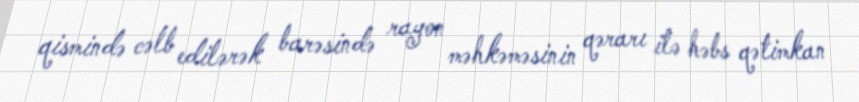
qismində cəlb edilərək barəsində rayon məhkəməsinin qərarı ilə həbs qətimkan